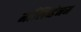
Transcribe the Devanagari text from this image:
माँलिब्डेनम